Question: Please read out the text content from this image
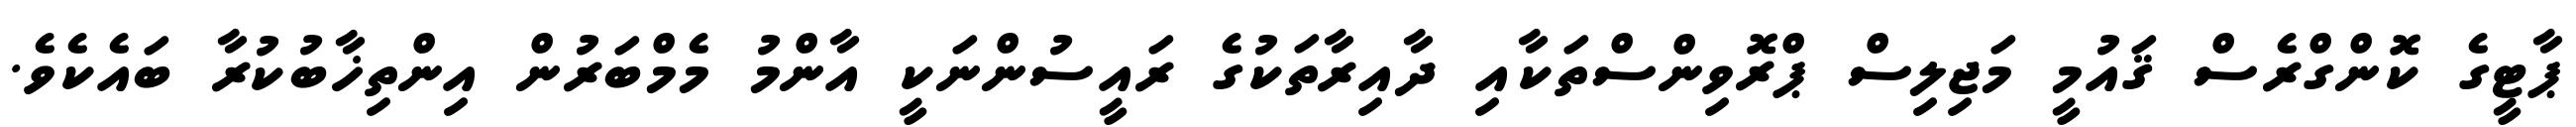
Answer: ޕާޓީގެ ކޮންގްރެސް ޤައުމީ މަޖިލިސް ޕްރޮވިންސްތަކާއި ދާއިރާތަކުގެ ރައީސުންނަކީ އާންމު މެމްބަރުން އިންތިޚާބުކުރާ ބައެކެވެ.